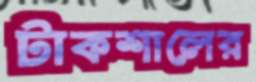
টাকশালের